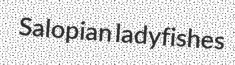
Salopian ladyfishes